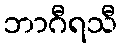
ဘာဂီရသီ